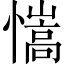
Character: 𢣆